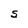
Character: S